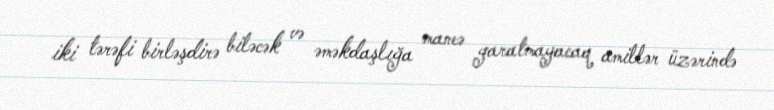
iki tərəfi birləşdirə biləcək və əməkdaşlığa maneə yaratmayacaq amillər üzərində